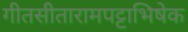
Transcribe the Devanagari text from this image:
गीतसीतारामपट्टाभिषेक